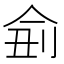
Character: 侴